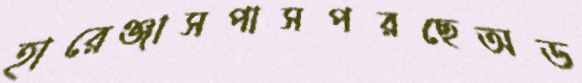
হারেঞ্জাসপাসপরছেঅড